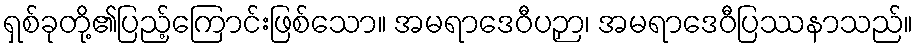
ရှစ်ခုတို့၏ပြည့်ကြောင်းဖြစ်သော။ အမရာဒေဝီပဉှာ၊ အမရာဒေဝီပြဿနာသည်။